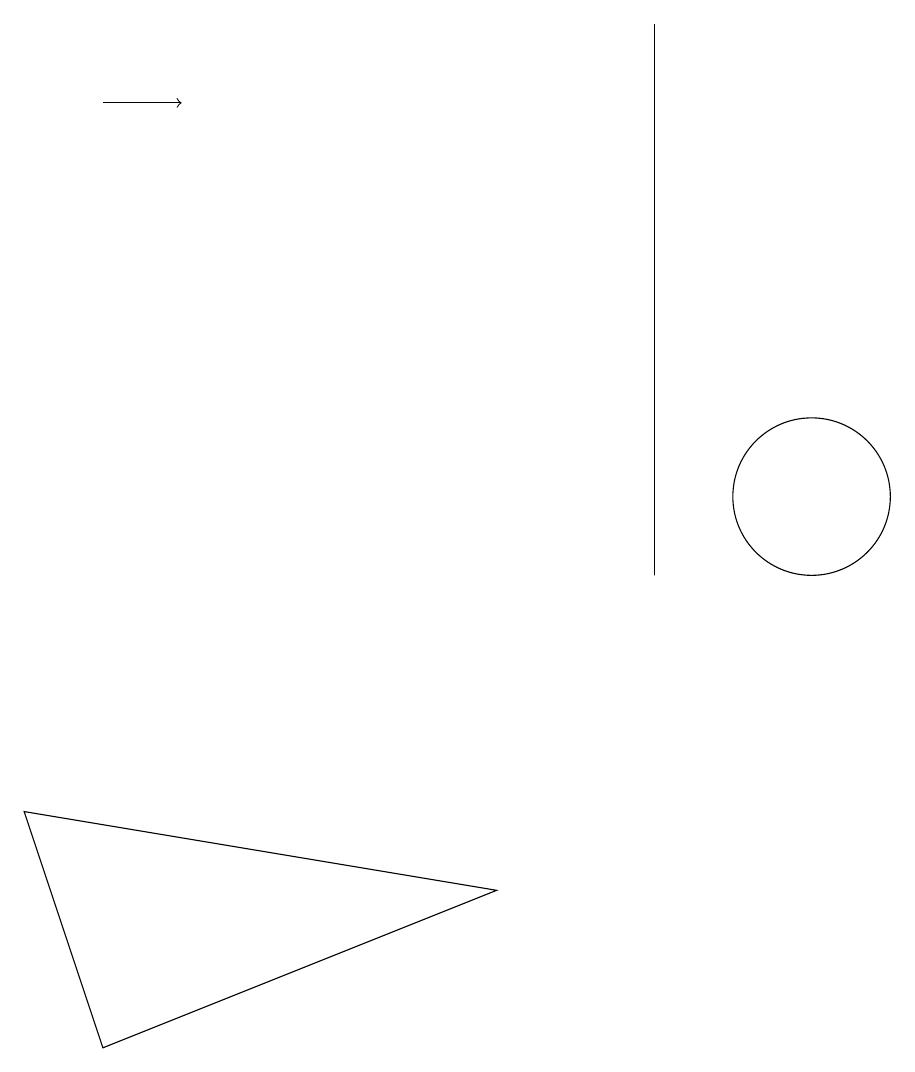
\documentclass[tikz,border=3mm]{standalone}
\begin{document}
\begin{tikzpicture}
\draw (8,10) rectangle (8,17);
\draw (10,11) circle (1);
\draw (0,7) -- (6,6) -- (1,4) -- cycle;
\draw[->] (1,16) -- (2,16);
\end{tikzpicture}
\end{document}